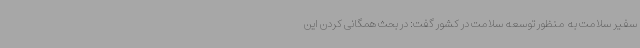
سفیر سلامت به منظور توسعه سلامت در کشور گفت: در بحث همگانی کردن این